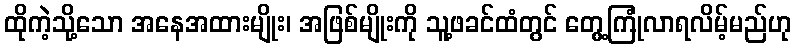
ထိုကဲ့သို့သော အနေအထားမျိုး၊ အဖြစ်မျိုးကို သူ့ဖခင်ထံတွင် တွေ့ကြုံလာရလိမ့်မည်ဟု